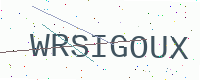
Text: WRSIGOUX